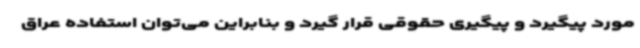
مورد پیگیرد و پیگیری حقوقی قرار گیرد و بنابراین می‌توان استفاده عراق